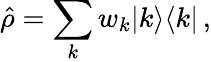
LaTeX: \hat{\rho}=\sum_{k}w_{k}|k\rangle\langle k|\, ,